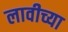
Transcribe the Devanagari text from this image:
लावीच्या